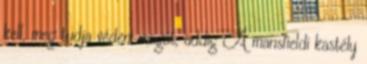
kell, meg tudja védeni magát, addig A mansfieldi kastély